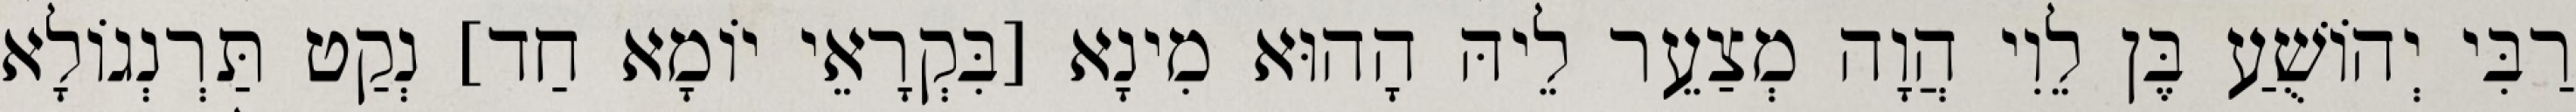
רַבִּי יְהוֹשֻׁעַ בֶּן לֵוִי הֲוָה מְצַעֵר לֵיהּ הָהוּא מִינָא [בִּקְרָאֵי יוֹמָא חַד] נְקַט תַּרְנְגוֹלָא